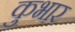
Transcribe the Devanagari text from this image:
कुभार